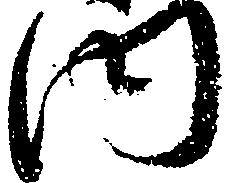
内